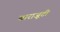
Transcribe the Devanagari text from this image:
बाराज़ूटी